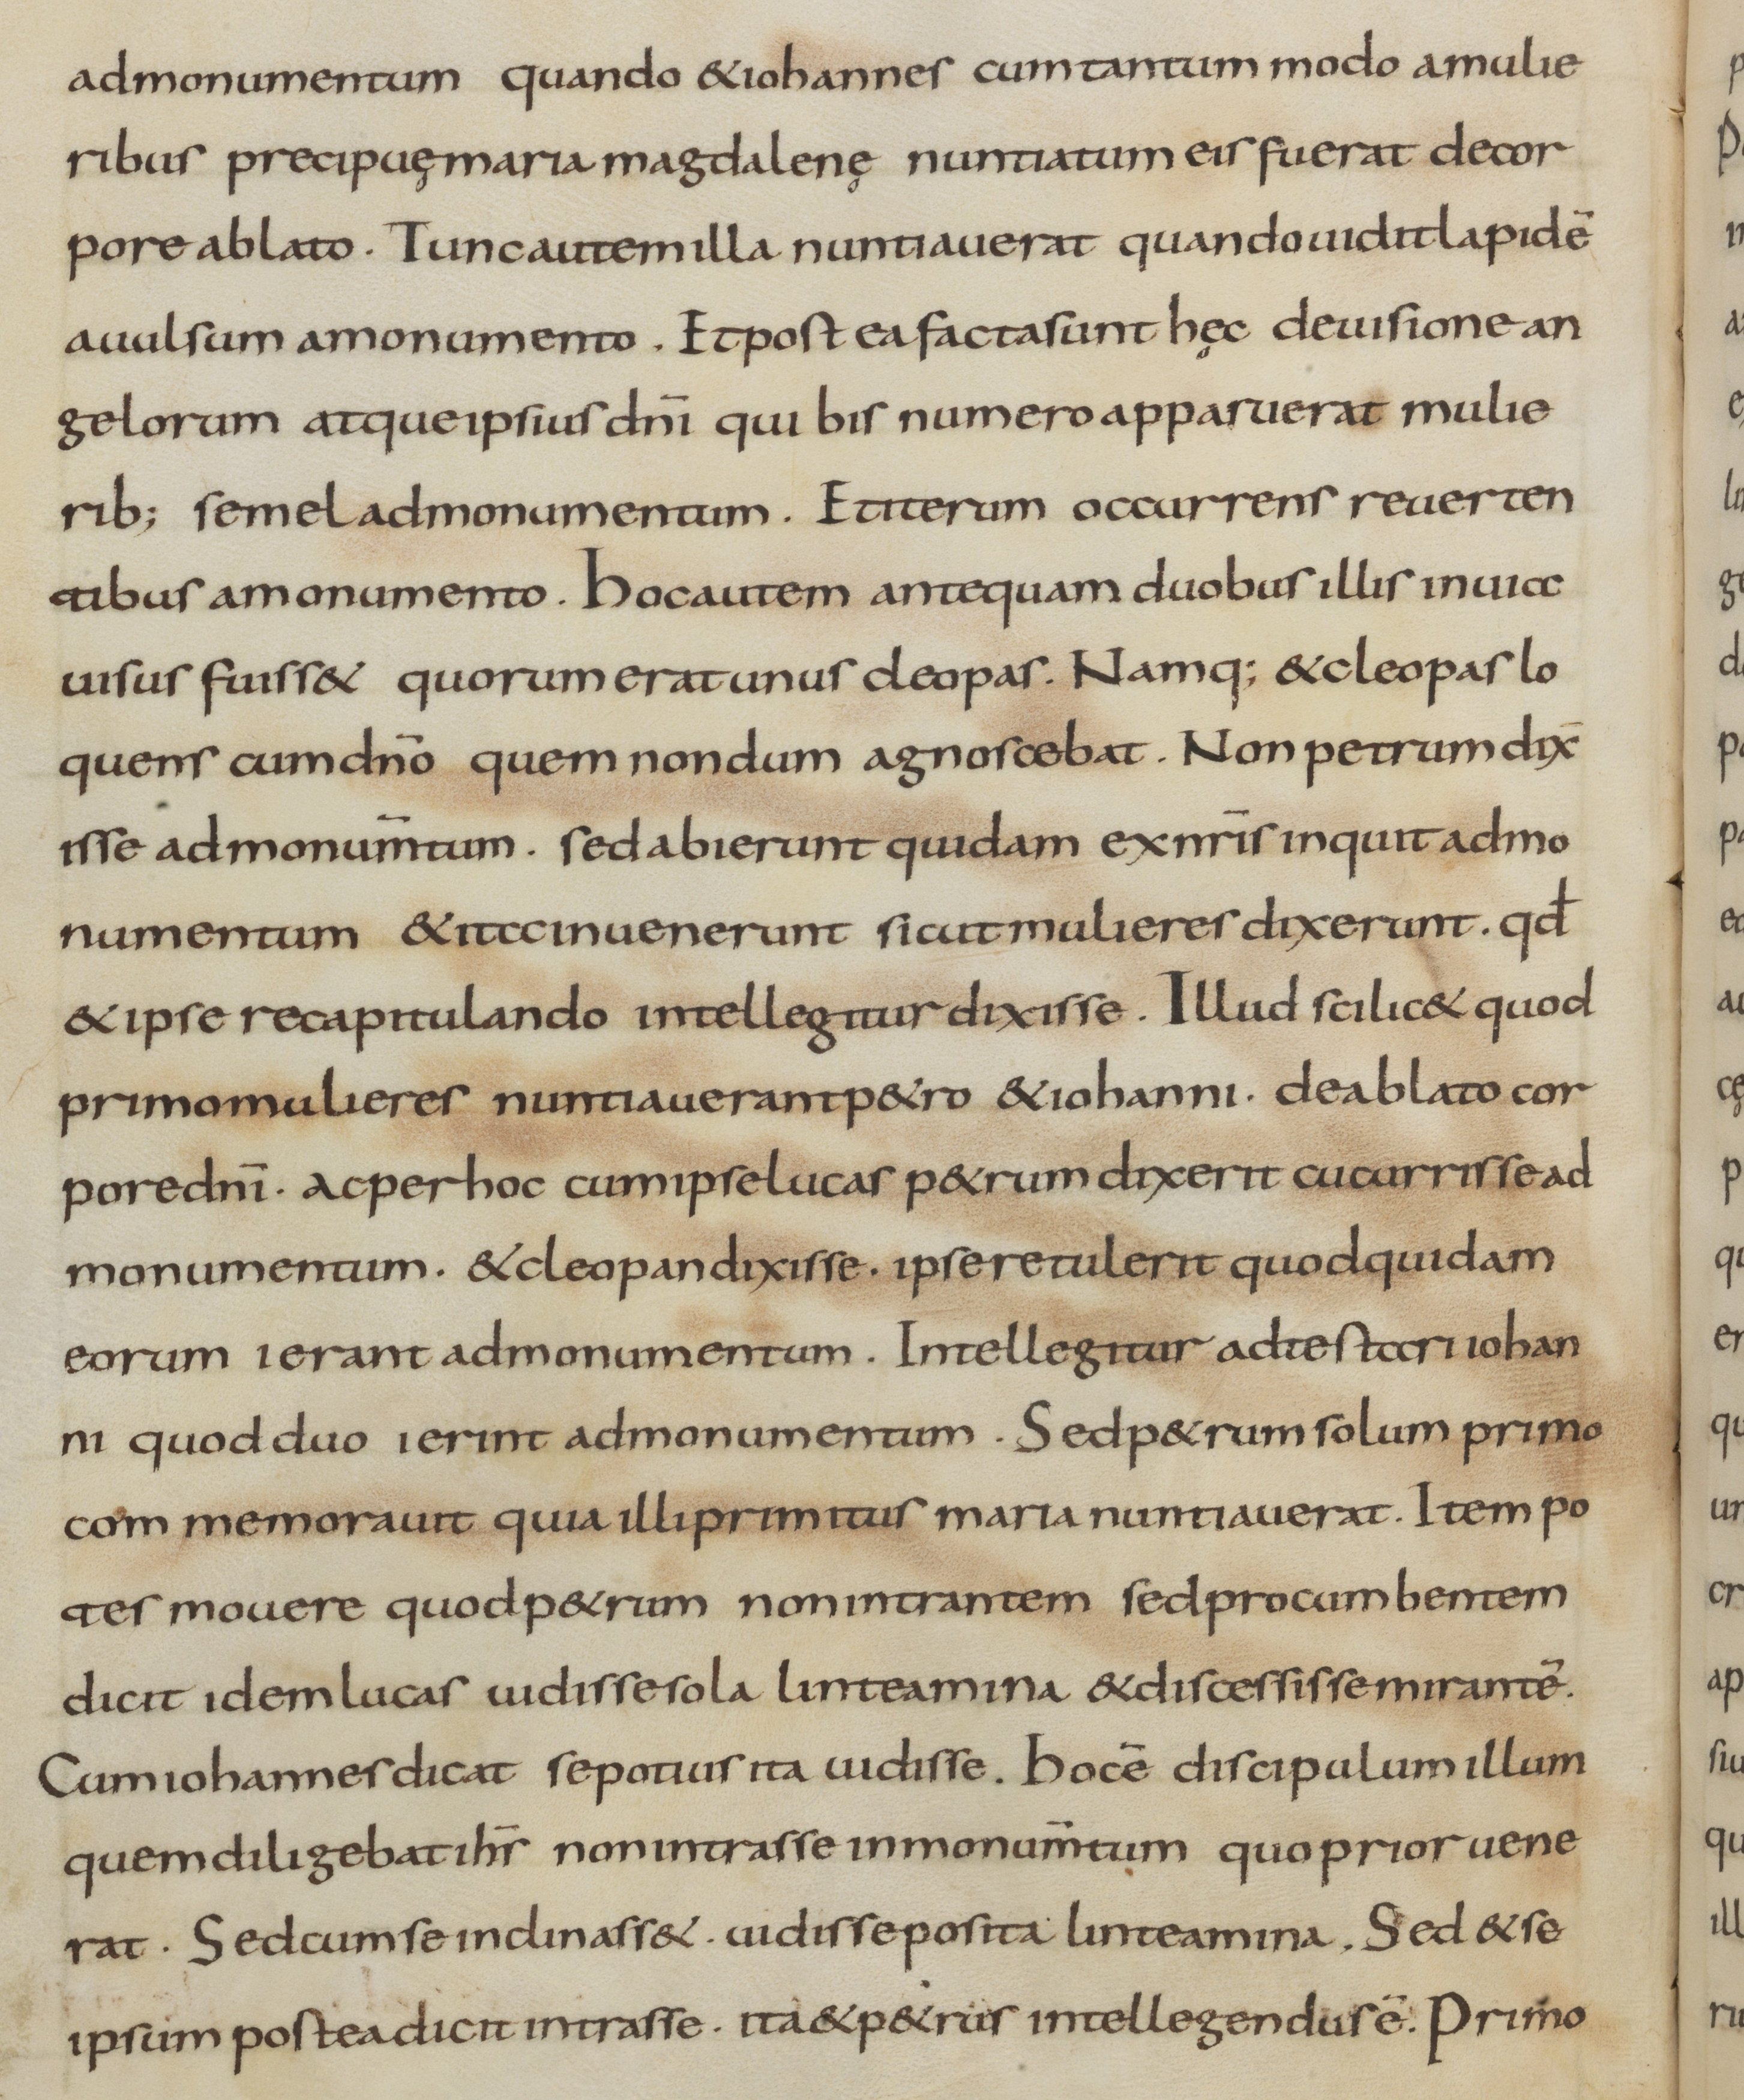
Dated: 800–899